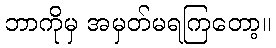
ဘာကိုမှ အမှတ်မရကြတော့။